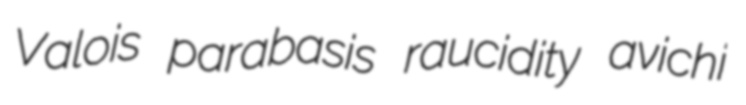
Valois parabasis raucidity avichi